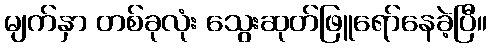
မျက်နှာ တစ်ခုလုံး သွေးဆုတ်ဖြူရော်နေခဲ့ပြီ။